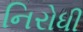
નિરોધી